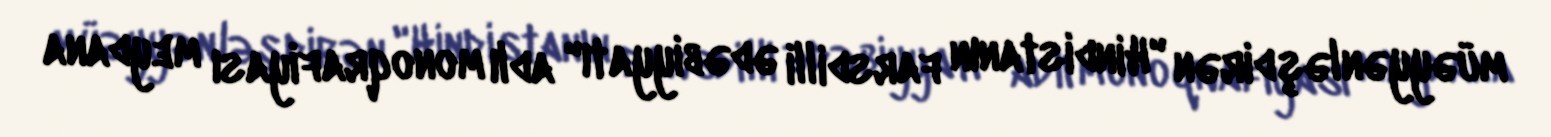
müəyyənləşdirən "Hindistanın farsdilli ədəbiyyatı" adlı monoqrafiyası meydana